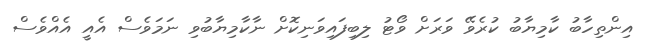
އިންތިހާބު ކާމިޔާބު ކުރެވޭ ވަރަށް ވޯޓު ލިބިފައިވަނިކޮށް ނާކާމިޔާބުވި ނަމަވެސް އެއީ އެއްވެސް